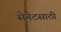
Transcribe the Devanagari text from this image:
सेनेटसाठी